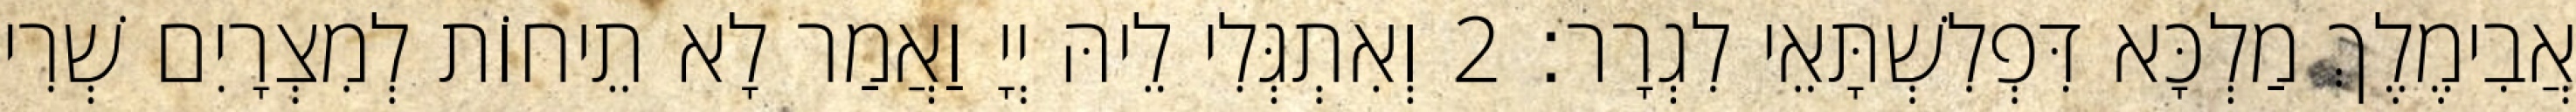
אֲבִימֶלֶךְ מַלְכָּא דִּפְלִשְׁתָּאֵי לִגְרָר׃ 2 וְאִתְגְּלִי לֵיהּ יְיָ וַאֲמַר לָא תֵיחוֹת לְמִצְרָיִם שְׁרִי